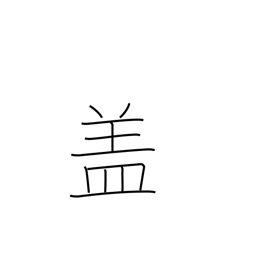
Meaning: lid